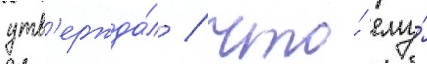
утв'ержда́л / что́ ему́